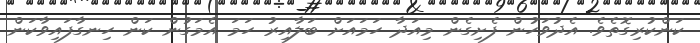
ކަންކުރިގޮތެވެ. އެދުވަހުން ފެށިގެން މިއަދާ ހަމައަށް ބަލާއިރު ހަމަ އެމަގުން ކަން ހިނގާފައިވާކަން